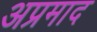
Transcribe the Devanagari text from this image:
अप्रमाद